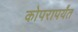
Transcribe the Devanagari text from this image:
कोपरापर्यंत